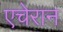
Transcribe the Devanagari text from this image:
एचेरान